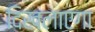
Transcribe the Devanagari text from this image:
दिखलाएगा